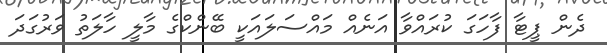
ދެން ޕީޓާ ފާހަގަ ކުރައްވާ އަނެއް މައްސަލައަކީ ބޭންކްގެ މާލީ ހާލަތު ވަރުގަދަ